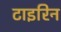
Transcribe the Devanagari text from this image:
टाइरिन